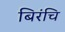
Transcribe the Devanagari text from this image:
बिरंचि